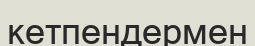
кетпендермен